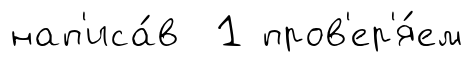
нап'иса́в 1 пров'ер'я́ем